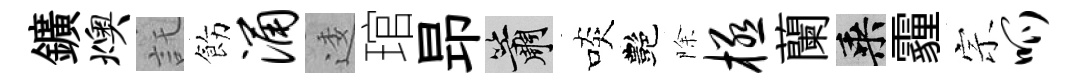
鑛燠託飭涌逶琯昻簫啖艷除极蘭乘霾宗呱